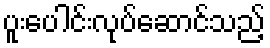
ပူးပေါင်းလုပ်ဆောင်သည့်